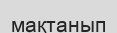
мақтанып